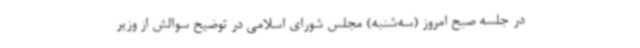
در جلسه صبح امروز (سه‌شنبه) مجلس شورای اسلامی در توضیح سوالش از وزیر